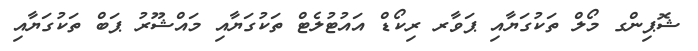
ޝޮޕިންގ މޯލް ތަކުގަޔާއި ޕަވާރ ރިކޯޑް އައުޓުލެޓް ތަކުގަޔާއި މައްޝޫރު ޕަބް ތަކުގަޔާއި